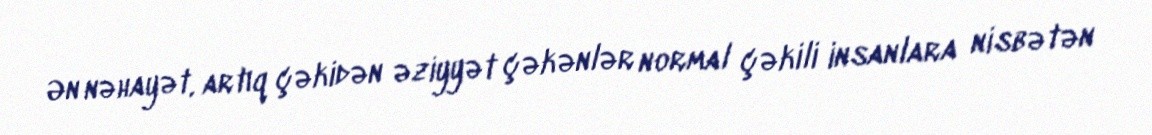
Ən nəhayət, artıq çəkidən əziyyət çəkənlər normal çəkili insanlara nisbətən